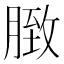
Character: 𦟔